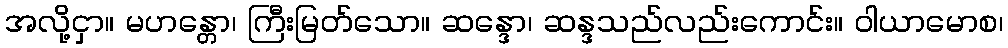
အလို့ငှာ။ မဟန္တော၊ ကြီးမြတ်သော။ ဆန္ဒော၊ ဆန္ဒသည်လည်းကောင်း။ ဝါယာမောစ၊